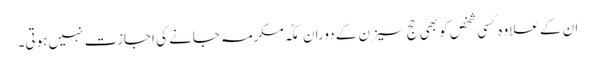
ان کے علاوہ کسی شخص کو بھی حج سیزن کے دوران مکّہ مکرمہ جانے کی اجازت نہیں ہوتی۔